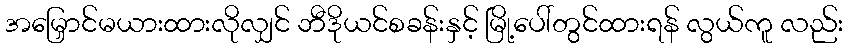
အမြှောင်မယားထားလိုလျှင် ဘီဒိုယင်စခန်းနှင့် မြို့ပေါ်တွင်ထားရန် လွယ်ကူ လည်း